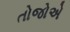
તોજોએ